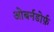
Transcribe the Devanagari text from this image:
ओबर्नडोर्फ़